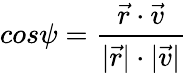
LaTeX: cos\psi=\frac{\vec{r}\cdot\vec{v}}{\vert\vec{r}\vert\cdot\vert\vec{v}\vert}